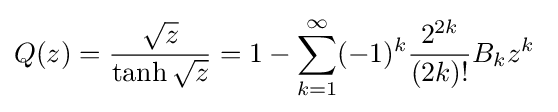
Q(z)={\frac {\sqrt {z}}{\tanh {\sqrt {z}}}}=1-\sum _{k=1}^{\infty }(-1)^{k}{\frac {2^{2k}}{(2k)!}}B_{k}z^{k}\